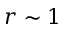
r \sim 1